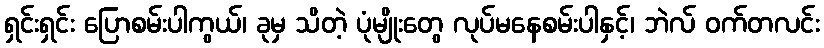
ရှင်းရှင်း ပြောစမ်းပါကွယ်၊ ခုမှ သိတဲ့ ပုံမျိုးတွေ လုပ်မနေစမ်းပါနှင့်၊ ဘဲလ် ဝက်တလင်း